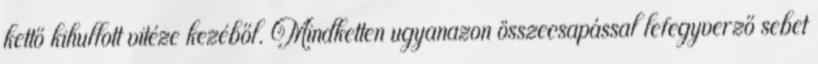
kettő kihullott vitéze kezéből. Mindketten ugyanazon összecsapással lefegyverző sebet